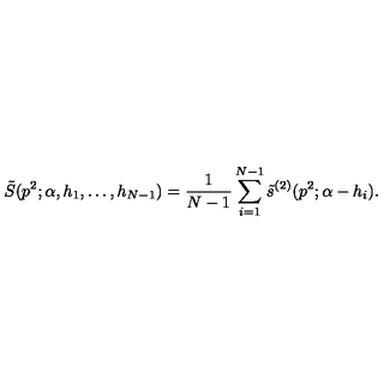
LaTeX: \tilde { S } ( p ^ { 2 } ; \alpha , h _ { 1 } , \ldots , h _ { N - 1 } ) = { \frac { 1 } { N - 1 } } \sum _ { i = 1 } ^ { N - 1 } \tilde { s } ^ { ( 2 ) } ( p ^ { 2 } ; \alpha - h _ { i } ) .